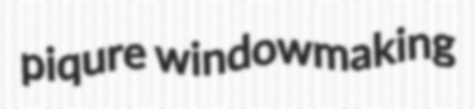
piqure windowmaking